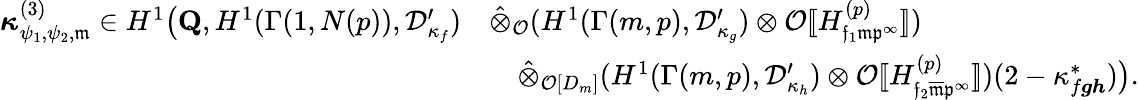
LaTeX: \begin{array}{rl}{\boldsymbol{\kappa}_{\psi_{1},\psi_{2},\mathfrak{m}}^{(3)}\in H^{1}\bigl(\mathbf{Q},H^{1}(\Gamma(1,N(p)),\mathcal{D}_{\kappa_{f}}^{\prime})}&{\hat{\otimes}_{\mathcal O}(H^{1}(\Gamma(m,p),\mathcal{D}_{\kappa_{g}}^{\prime})\otimes\mathcal O[\! [H_{\mathfrak{f}_{1}\mathfrak{m}\mathfrak{p}^{\infty}}^{(p)}]\! ])}\\ &{\quad\hat{\otimes}_{\mathcal O[D_{m}]}(H^{1}(\Gamma(m,p),\mathcal{D}_{\kappa_{h}}^{\prime})\otimes\mathcal O[\! [H_{\mathfrak{f}_{2}\overline{{\mathfrak{m}}}\mathfrak{p}^{\infty}}^{(p)}]\! ])(2-\kappa_{f{\boldsymbol{g}}{\boldsymbol{h}}}^{*})\bigr).}\end{array}